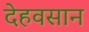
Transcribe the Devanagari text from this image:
देहवसान